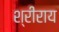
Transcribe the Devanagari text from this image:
श्रीराय